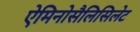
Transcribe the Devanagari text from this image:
ऐमिनोसैलिसिलेट